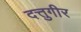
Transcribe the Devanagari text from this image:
दत्तुगीर